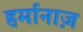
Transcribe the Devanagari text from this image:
हर्मानाज़